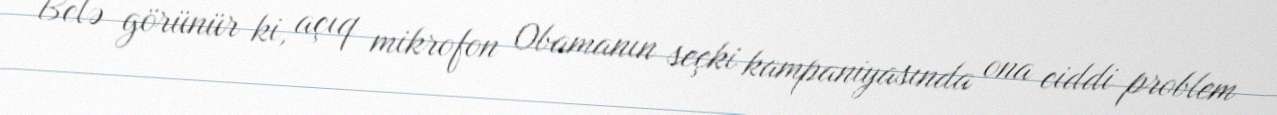
Belə görünür ki, açıq mikrofon Obamanın seçki kampaniyasında ona ciddi problem